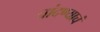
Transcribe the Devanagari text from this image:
चांदण्याचं